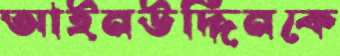
আইনউদ্দিনকে